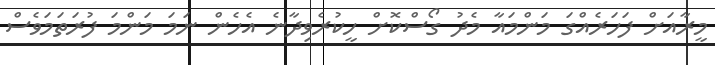
މީރާއަށް ފަހަރެއްގަ މަންމައާ މެދު ގޯސްކޮށް ހީކުރެވިދާނެ އެހެން ނަމަ މަންމަ ފުރަތަމަވެސް